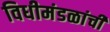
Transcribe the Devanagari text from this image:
विधीमंडळांची